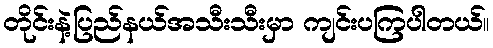
တိုင်းနဲ့ပြည်နယ်အသီးသီးမှာ ကျင်းပကြပါတယ်။